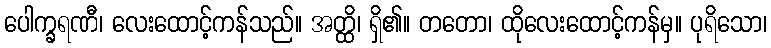
ပေါက္ခရဏီ၊ လေးထောင့်ကန်သည်။ အတ္ထိ၊ ရှိ၏။ တတော၊ ထိုလေးထောင့်ကန်မှ။ ပုရိသော၊